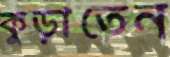
কুড়াতেন